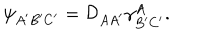
\psi _ { A ^ { \prime } B ^ { \prime } C ^ { \prime } } = { \cal D } _ { A A ^ { \prime } } \gamma _ { B ^ { \prime } C ^ { \prime } } ^ { A } .